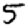
Digit: 5